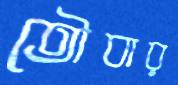
তৌবার